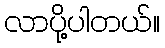
လာပို့ပါတယ်။